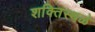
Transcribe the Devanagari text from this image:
शक्तिस्थळे